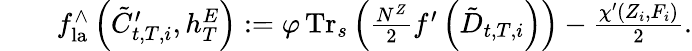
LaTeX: \begin{array}{rl}&{\ \ \ \ f_{\mathrm{la}}^{\wedge}\left({\tilde{C}}_{t,T,i}^{\prime},h_{T}^{E}\right):=\varphi\operatorname{Tr}_{s}\left(\frac{N^{Z}}{2}f^{\prime}\left({\tilde{D}}_{t,T,i}\right)\right)-\frac{\chi^{\prime}(Z_{i},F_{i})}{2}.}\end{array}